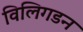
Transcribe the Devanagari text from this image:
विलिगडन